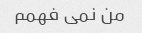
من نمی فهمم